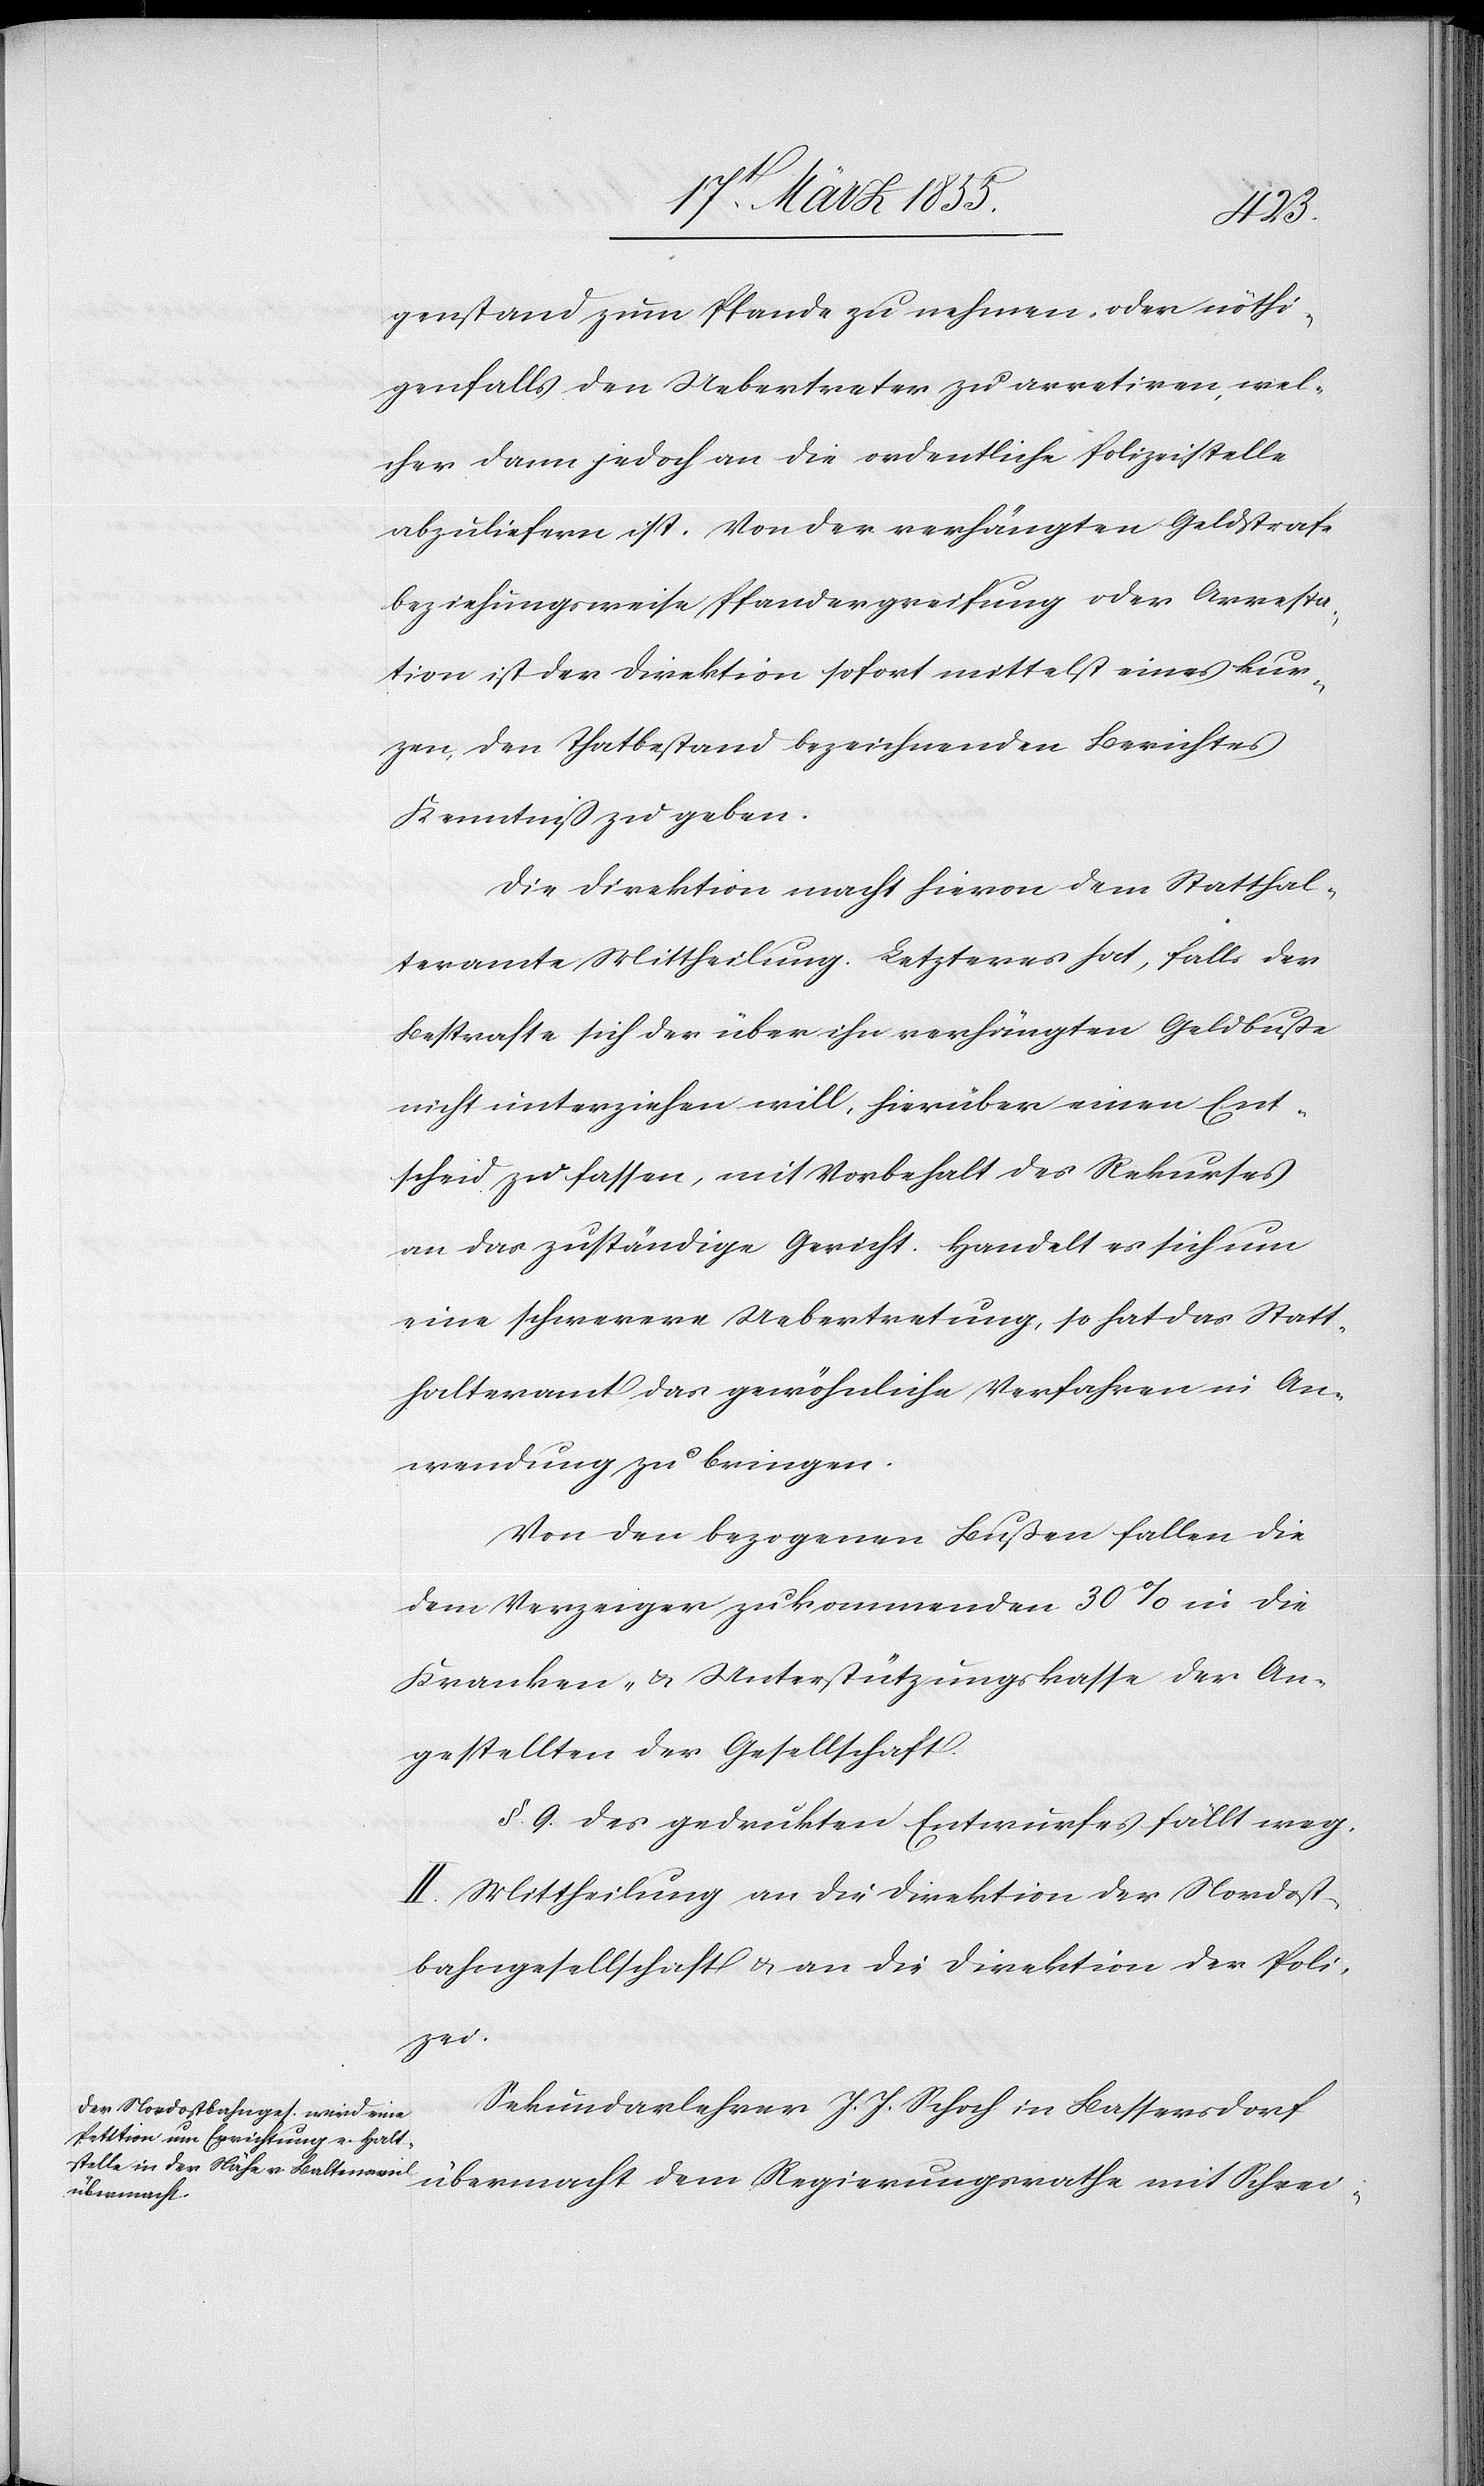
genstand zum Pfande zu nehmen, oder nöthi¬
genfalls den Uebertreter zu arretiren, wel¬
cher dann jedoch an die ordentliche Polizeistelle
abzuliefern ist. Von der verhängten Geldstrafe
beziehungsweise Pfandergreifung oder Arresta¬
tion ist der Direktion sofort mittelst eines kur¬
zen, den Thatbestand bezeichnenden Berichtes
Kenntniß zu geben.
Die Direktion macht hievon dem Statthal¬
teramte Mittheilung. Letzteres hat, falls der
Bestrafte sich der über ihn verhängten Geldbuße
nicht unterziehen will, hierüber einen Ent¬
scheid zu fassen, mit Vorbehalt des Rekurses
an das zuständige Gericht. Handelt es sich um
eine schwerere Uebertretung, so hat das Statt¬
halteramt das gewöhnliche Verfahren in An¬
wendung zu bringen.
Von den bezogenen Bußen fallen die
dem Verzeiger zukommenden 30% in die
Kranken- & Unterstützungskasse der An¬
gestellten der Gesellschaft.
§. 9. des gedruckten Entwurfes fällt weg.
II. Mittheilung an die Direktion der Nordost¬
bahngesellschaft & an die Direktion der Poli¬
zei.
Sekundarlehrer J. J. Schoch in Bassersdorf
übermacht dem Regierungsrathe mit Schrei-